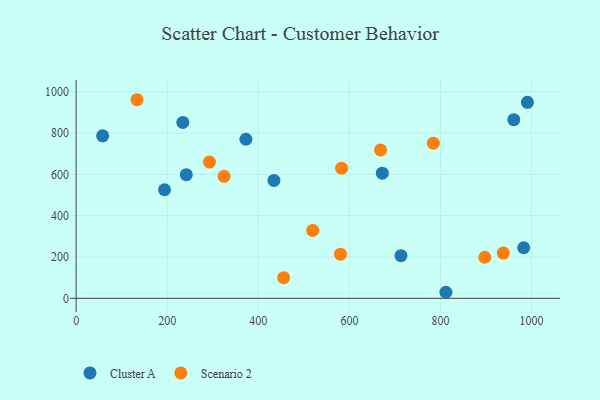
{"axis": {"x": "Distance", "y": "Salary"}, "legend": ["Cluster A", "Scenario 2"], "data": [{"x": "811.9", "y": 29.2, "type": "Cluster A"}, {"x": "713.2", "y": 206.5, "type": "Cluster A"}, {"x": "241.8", "y": 598.1, "type": "Cluster A"}, {"x": "372.7", "y": 769.6, "type": "Cluster A"}, {"x": "990.8", "y": 948.3, "type": "Cluster A"}, {"x": "194.0", "y": 525.3, "type": "Cluster A"}, {"x": "961.0", "y": 864.3, "type": "Cluster A"}, {"x": "434.3", "y": 570.2, "type": "Cluster A"}, {"x": "982.7", "y": 244.6, "type": "Cluster A"}, {"x": "672.3", "y": 605.4, "type": "Cluster A"}, {"x": "58.1", "y": 786.3, "type": "Cluster A"}, {"x": "234.2", "y": 851.3, "type": "Cluster A"}, {"x": "292.7", "y": 659.1, "type": "Scenario 2"}, {"x": "937.9", "y": 219.0, "type": "Scenario 2"}, {"x": "582.9", "y": 629.7, "type": "Scenario 2"}, {"x": "133.5", "y": 960.9, "type": "Scenario 2"}, {"x": "519.3", "y": 328.3, "type": "Scenario 2"}, {"x": "580.3", "y": 213.6, "type": "Scenario 2"}, {"x": "897.3", "y": 198.6, "type": "Scenario 2"}, {"x": "668.4", "y": 718.1, "type": "Scenario 2"}, {"x": "455.7", "y": 99.8, "type": "Scenario 2"}, {"x": "324.8", "y": 590.2, "type": "Scenario 2"}, {"x": "784.3", "y": 750.8, "type": "Scenario 2"}]}